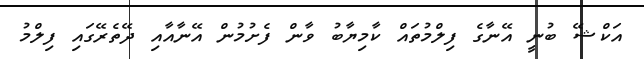
އަކްޝޭ ބުނީ އޭނާގެ ފިލްމުތައް ކާމިޔާބު ވާން ފެށުމުން އޭނާއާއި ދޭތެރޭގައި ފިލްމު